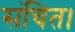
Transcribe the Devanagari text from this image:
संचित।